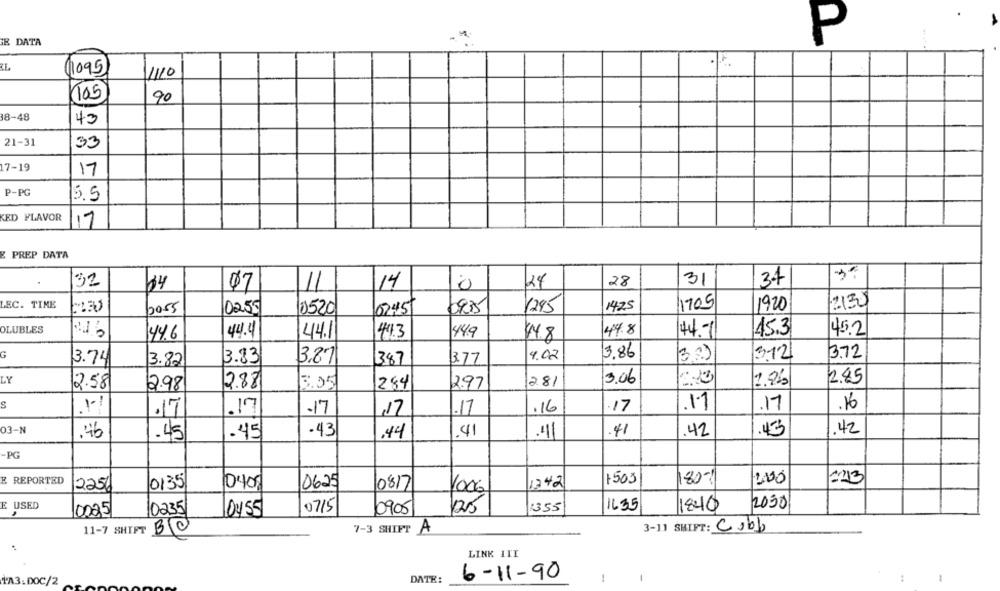
E DATA
P
1095
1110
105
90
38-48
43
21-31
33
17-19
17
P-PG
5.5
KED FLAVOR
17
E PREP DATA
32
14
28
31
34
64
07
11
24
LEC. TIME
1425
11705
1920
2130
2055
0255
0520
02:45
1935
1285
OLUBLES
44.6
44.4
44.1
44.3
44.9
44.8
44.7
15.3
45.2
44.8
G
3,86
3.72
3.74
3.83
3.87
387
3.77
4.02
3.3)
312
3.82
2.45
LY
281
3.06
2.58
2.98
2.88
3.05
284
2.97
s
1-1
17
1.1
.17
.16
.17
17
.17
17
.17
.16
03-N
43
42
.46
.45
.45
.43
.44
.41
.41
.41
42
-PG
1213
E REPORTED
0135
1742
1503
80%
2256
10400
0625
0817
V006
E USED
07/5
1355
1635
1840
2050
,
0085
10235
0455
0905
125
11-7 SHIFT
BC
7-3 SHIFT A
3-11 SHIFT: Cobb
LINK III
DATE:
6-11-90
1A3.DOC/2